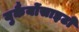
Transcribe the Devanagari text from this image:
युकैर्योसाइटों